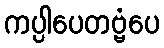
ကပ္ပါပေတဗ္ဗံပေ